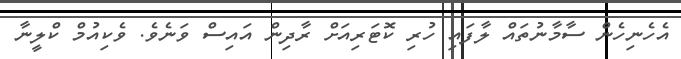
އެހެނިހެން ސާމާނުތައް ލާފައި ހުރި ކޮޓަރިއަށް ރާދިން އައިސް ވަނެވެ. ވެކިއުމް ކްލީނާ